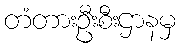
တံတားဦးစီးဌာနမှ